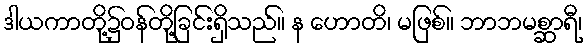
ဒါယကာတို့၌ဝန်တို့ခြင်းရှိသည်။ န ဟောတိ၊ မဖြစ်။ ဘာဘမစ္ဆာရီ၊